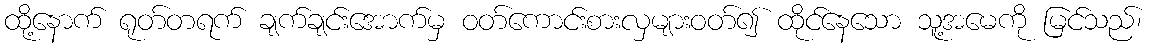
ထို့နောက် ရုတ်တရက် ချက်ချင်းအောက်မှ ဝတ်ကောင်းစားလှများဝတ်၍ ထိုင်နေသော သူ့အမေကို မြင်သည်၊